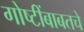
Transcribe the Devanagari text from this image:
गोष्टींबाबतचे